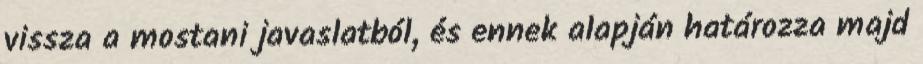
vissza a mostani javaslatból, és ennek alapján határozza majd